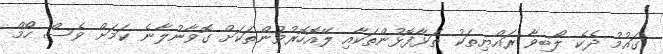
ގައުމު ދެކެ ލޯބިވާ ރައްޔިތަކު ތަޅާފޮޅުންތަކާއި ލޭއޮހޮރުވުންތަކަށް ގޮވާނުލާނެ ކަމަށް ވެސް ހޯމް